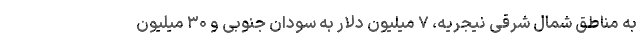
به مناطق شمال شرقی نیجریه، ۷ میلیون دلار به سودان جنوبی و ۳۰ میلیون